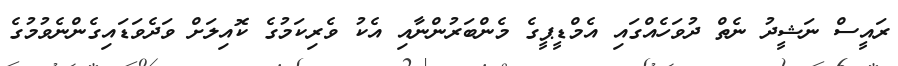
ރައީސް ނަޝީދު ނެތް ދުވަހެއްގައި އެމްޑީޕީގެ މެންބަރުންނާއި އެކު ވެރިކަމުގެ ކޮއިލަށް ވަދެވަޑައިގެންނެވުމުގެ